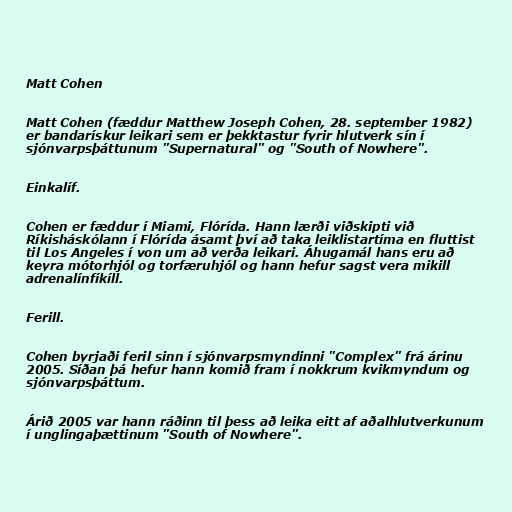
Matt Cohen

Matt Cohen (fæddur Matthew Joseph Cohen, 28. september 1982)
er bandarískur leikari sem er þekktastur fyrir hlutverk sín í
sjónvarpsþáttunum "Supernatural" og "South of Nowhere".

Einkalíf.

Cohen er fæddur í Miami, Flórída. Hann lærði viðskipti við
Ríkisháskólann í Flórída ásamt því að taka leiklistartíma en fluttist
til Los Angeles í von um að verða leikari. Áhugamál hans eru að
keyra mótorhjól og torfæruhjól og hann hefur sagst vera mikill
adrenalínfíkíll.

Ferill.

Cohen byrjaði feril sinn í sjónvarpsmyndinni "Complex" frá árinu
2005. Síðan þá hefur hann komið fram í nokkrum kvikmyndum og
sjónvarpsþáttum.

Árið 2005 var hann ráðinn til þess að leika eitt af aðalhlutverkunum
í unglingaþættinum "South of Nowhere".